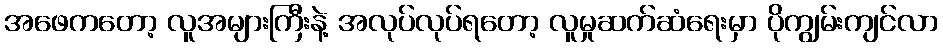
အဖေကတော့ လူအများကြီးနဲ့ အလုပ်လုပ်ရတော့ လူမှုဆက်ဆံရေးမှာ ပိုကျွမ်းကျင်လာ